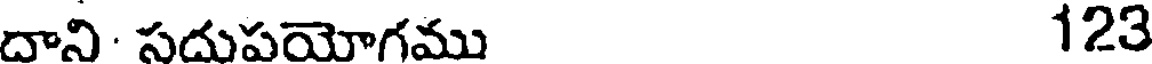
దాని. సదుపయోగము 123